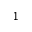
1